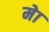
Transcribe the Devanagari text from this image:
मेा